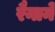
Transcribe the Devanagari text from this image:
रैनाने